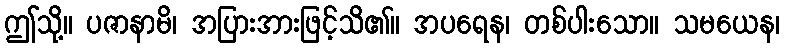
ဤသို့။ ပဇာနာမိ၊ အပြားအားဖြင့်သိ၏။ အပရေန၊ တစ်ပါးသော။ သမယေန၊